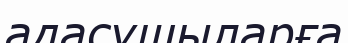
адасушыларға